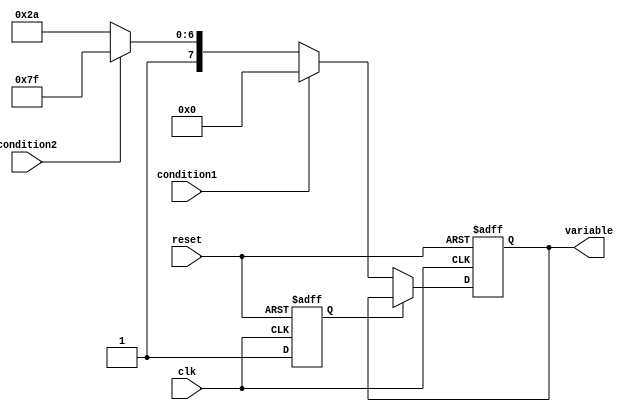
module ConditionalInitialization #(
    parameter INIT_VALUE_1 = 8'h00,
    parameter INIT_VALUE_2 = 8'hFF,
    parameter INIT_VALUE_DEFAULT = 8'hAA
)(
    input wire clk,
    input wire reset,
    input wire condition1,
    input wire condition2,
    output reg [7:0] variable
);

    // State variable to track initialization status
    reg initialized;

    always @(posedge clk or posedge reset) begin
        if (reset) begin
            variable <= INIT_VALUE_DEFAULT; // Reset to default value
            initialized <= 0; // Mark as uninitialized
        end else begin
            if (!initialized) begin
                // Check conditions for initialization
                if (condition1) begin
                    variable <= INIT_VALUE_1; // Initialize based on condition 1
                end else if (condition2) begin
                    variable <= INIT_VALUE_2; // Initialize based on condition 2
                end else begin
                    variable <= INIT_VALUE_DEFAULT; // Default initialization
                end
                initialized <= 1; // Mark as initialized
            end
        end
    end

endmodule